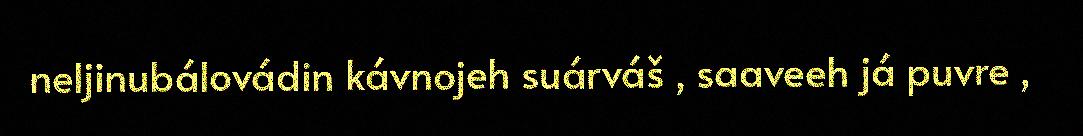
neljinubálovádin kávnojeh suárváš , saaveeh já puvre ,